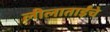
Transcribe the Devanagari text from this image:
लीलाताईंचे